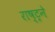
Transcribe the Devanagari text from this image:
राष्ट्रने